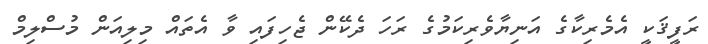
ރަފީޤަކީ އެމެރިކާގެ އަނިޔާވެރިކަމުގެ ރަހަ ދެކޭން ޖެހިފައި ވާ އެތައް މިލިއަން މުސްލިމް